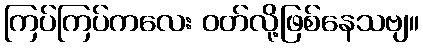
ကြပ်ကြပ်ကလေး ဝတ်လို့ဖြစ်နေသဗျ။